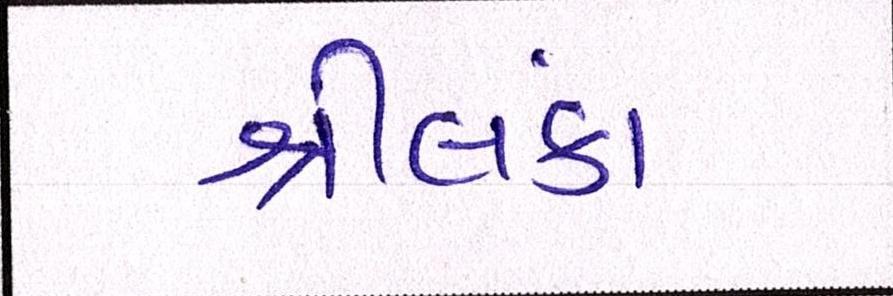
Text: શ્રીલંકા